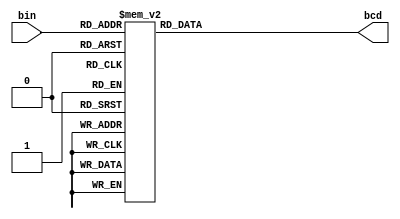
module bin2bcd(
    input [3:0] bin,
    output reg [3:0] bcd
);

    always @(*) begin
        case (bin)
            4'b0000: bcd = 4'b0000;
            4'b0001: bcd = 4'b0001;
            4'b0010: bcd = 4'b0010;
            4'b0011: bcd = 4'b0011;
            4'b0100: bcd = 4'b0100;
            4'b0101: bcd = 4'b0101;
            4'b0110: bcd = 4'b0110;
            4'b0111: bcd = 4'b0111;
            4'b1000: bcd = 4'b1000;
            4'b1001: bcd = 4'b1001;
            4'b1010: bcd = 4'b0000;
            4'b1011: bcd = 4'b0001;
            4'b1100: bcd = 4'b0100;
            4'b1101: bcd = 4'b0101;
            4'b1110: bcd = 4'b0110;
            4'b1111: bcd = 4'b0111;
        endcase
    end

endmodule